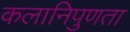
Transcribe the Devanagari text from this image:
कलानिपुणता